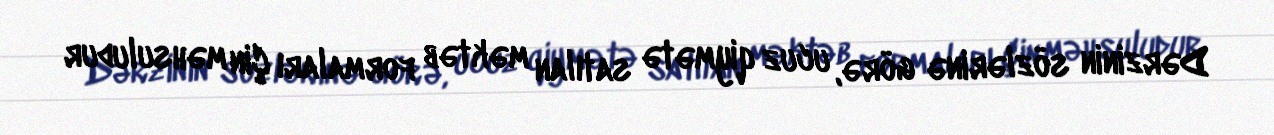
Dərzinin sözlərinə görə, ucuz qiymətə satılan məktəb formaları Çin məhsuludur